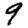
Digit: 9